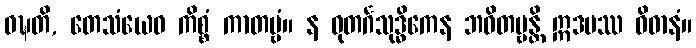
ဝဍ္ဎတိ, တေသံယေဝ ကိစ္စံ ကာတဗ္ဗံ။ န ဓုတင်္ဂသုဒ္ဓိကေန ဘဝိတဗ္ဗန္တိ ဣဒမဿ ဝိဓာနံ။